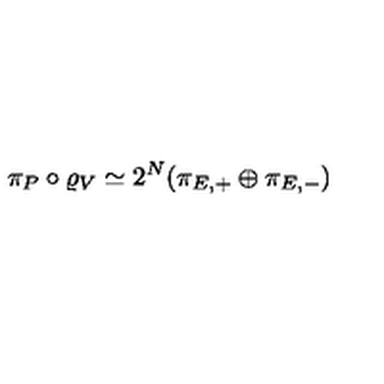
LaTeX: \pi _ { P } \circ \varrho _ { V } \simeq 2 ^ { N } ( \pi _ { E , + } \oplus \pi _ { E , - } )